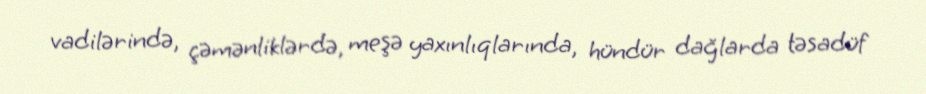
vadilərində, çəmənliklərdə, meşə yaxınlıqlarında, hündür dağlarda təsadüf